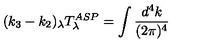
( k _ { 3 } - k _ { 2 } ) _ { \lambda } T _ { \lambda } ^ { A S P } = \int \frac { d ^ { 4 } k } { ( 2 \pi ) ^ { 4 } }